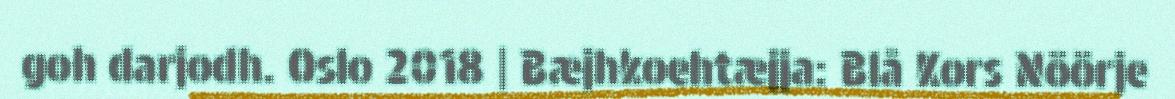
goh darjodh. Oslo 2018 | Bæjhkoehtæjja: Blå Kors Nöörje